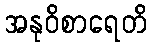
အနုဝိစာရေတိ